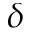
\delta